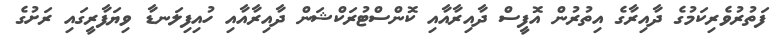
ފަތުރުވެރިކަމުގެ ދާއިރާގެ އިތުރުން އޮފީސް ދާއިރާއާއި ކޮންސްޓުރަކްޝަން ދާއިރާއާއި ހުއިފިލަނޑާ ވިޔަފާރީގައި ރަށުގެ